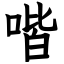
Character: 喈